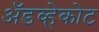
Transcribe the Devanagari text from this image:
ॲडव्हेकोट